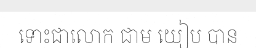
ទោះជាលោក ជាម យៀប បាន